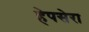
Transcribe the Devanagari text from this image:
हेपसेरा